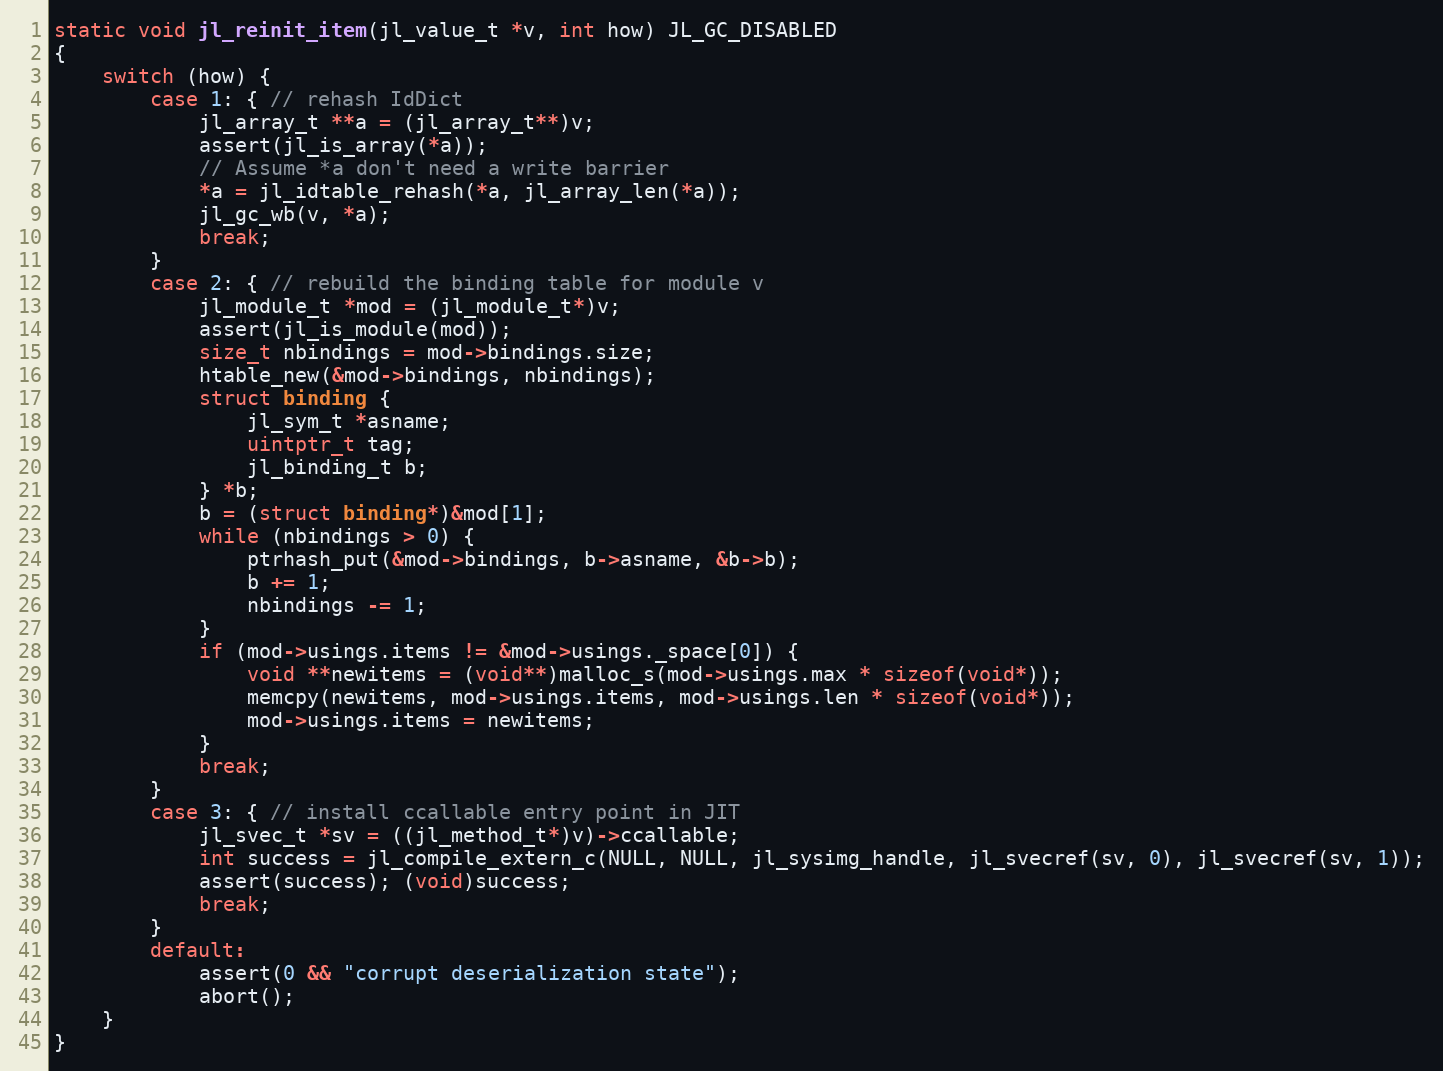
Language: C
static void jl_reinit_item(jl_value_t *v, int how) JL_GC_DISABLED
{
    switch (how) {
        case 1: { // rehash IdDict
            jl_array_t **a = (jl_array_t**)v;
            assert(jl_is_array(*a));
            // Assume *a don't need a write barrier
            *a = jl_idtable_rehash(*a, jl_array_len(*a));
            jl_gc_wb(v, *a);
            break;
        }
        case 2: { // rebuild the binding table for module v
            jl_module_t *mod = (jl_module_t*)v;
            assert(jl_is_module(mod));
            size_t nbindings = mod->bindings.size;
            htable_new(&mod->bindings, nbindings);
            struct binding {
                jl_sym_t *asname;
                uintptr_t tag;
                jl_binding_t b;
            } *b;
            b = (struct binding*)&mod[1];
            while (nbindings > 0) {
                ptrhash_put(&mod->bindings, b->asname, &b->b);
                b += 1;
                nbindings -= 1;
            }
            if (mod->usings.items != &mod->usings._space[0]) {
                void **newitems = (void**)malloc_s(mod->usings.max * sizeof(void*));
                memcpy(newitems, mod->usings.items, mod->usings.len * sizeof(void*));
                mod->usings.items = newitems;
            }
            break;
        }
        case 3: { // install ccallable entry point in JIT
            jl_svec_t *sv = ((jl_method_t*)v)->ccallable;
            int success = jl_compile_extern_c(NULL, NULL, jl_sysimg_handle, jl_svecref(sv, 0), jl_svecref(sv, 1));
            assert(success); (void)success;
            break;
        }
        default:
            assert(0 && "corrupt deserialization state");
            abort();
    }
}